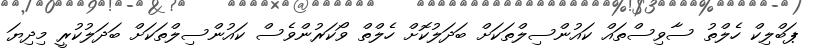
ޕަބްލިކް ހެލްތު ސާވިސްތައް ކައުންސިލްތަކަށް ބަދަލުކޮށް ހެލްތް ވޯކަރުންވެސް ކައުންސިލްތަކަށް ބަދަލުކުރީ މިދިޔަ